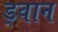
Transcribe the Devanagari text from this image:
ड्वान